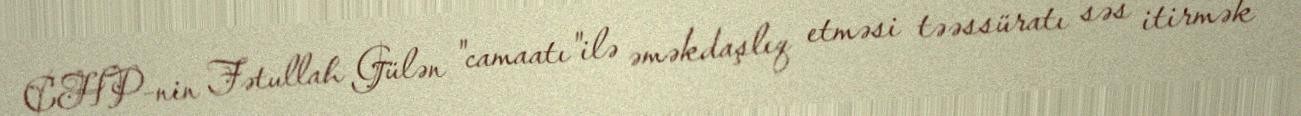
CHP-nin Fətullah Gülən "camaatı"ilə əməkdaşlıq etməsi təəssüratı səs itirmək